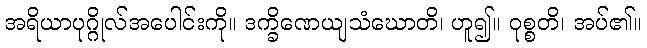
အရိယာပုဂ္ဂိုလ်အပေါင်းကို။ ဒက္ခိဏေယျသံဃောတိ၊ ဟူ၍။ ဝုစ္စတိ၊ အပ်၏။